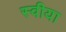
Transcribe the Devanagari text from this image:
स्वीया